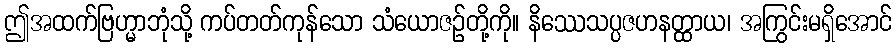
ဤအထက်ဗြဟ္မာဘုံသို့ ကပ်တတ်ကုန်သော သံယောဇဉ်တို့ကို။ နိဿေသပ္ပဇဟနတ္ထာယ၊ အကြွင်းမရှိအောင်